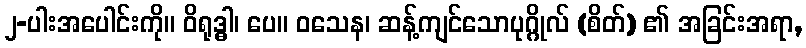
၂-ပါးအပေါင်းကို။ ဝိရုဒ္ဓါ၊ ပေ။ ဝသေန၊ ဆန့်ကျင်သောပုဂ္ဂိုလ် (စိတ်) ၏ အခြင်းအရာ,